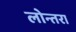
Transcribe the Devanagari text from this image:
लोन्तरा